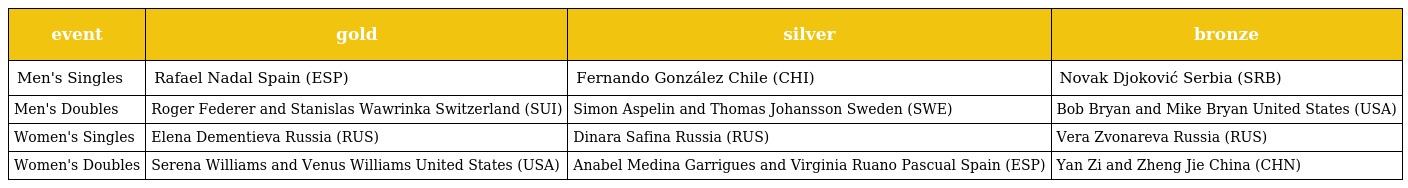
| event | gold | silver | bronze |
 | --- | --- | --- | --- |
 | Men's Singles | Rafael Nadal Spain (ESP) | Fernando González Chile (CHI) | Novak Djoković Serbia (SRB) |
 | Men's Doubles | Roger Federer and Stanislas Wawrinka Switzerland (SUI) | Simon Aspelin and Thomas Johansson Sweden (SWE) | Bob Bryan and Mike Bryan United States (USA) |
 | Women's Singles | Elena Dementieva Russia (RUS) | Dinara Safina Russia (RUS) | Vera Zvonareva Russia (RUS) |
 | Women's Doubles | Serena Williams and Venus Williams United States (USA) | Anabel Medina Garrigues and Virginia Ruano Pascual Spain (ESP) | Yan Zi and Zheng Jie China (CHN) |